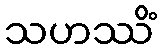
သဟဿိံ